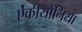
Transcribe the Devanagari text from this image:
ऐंकीयोनिया